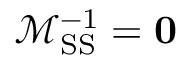
\mathbf { \mathcal { M } } _ { \mathrm { S S } } ^ { - 1 } = \mathbf { 0 }